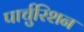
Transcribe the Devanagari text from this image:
पार्चुरिशन